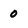
Character: 0